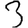
Digit: 3